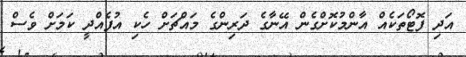
އަދި ފޮޓޯތަކެއް އާންމުކޮށްގެން އޭނާގެ ދަރިންގެ މައްޗަށް ހެކި އުފެއްދީ ކަމަށް ވެސް